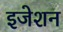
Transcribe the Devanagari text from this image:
इजेशन